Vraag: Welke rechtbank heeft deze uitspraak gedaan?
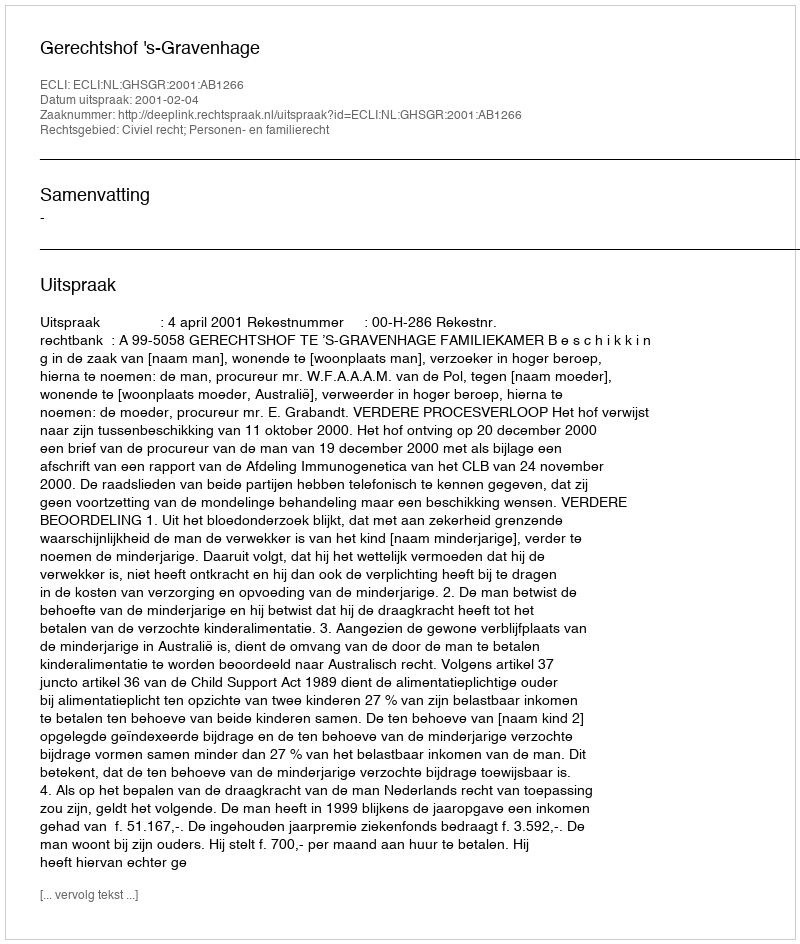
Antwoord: Gerechtshof 's-Gravenhage